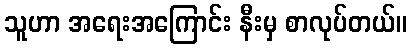
သူဟာ အရေးအကြောင်း နီးမှ စာလုပ်တယ်။